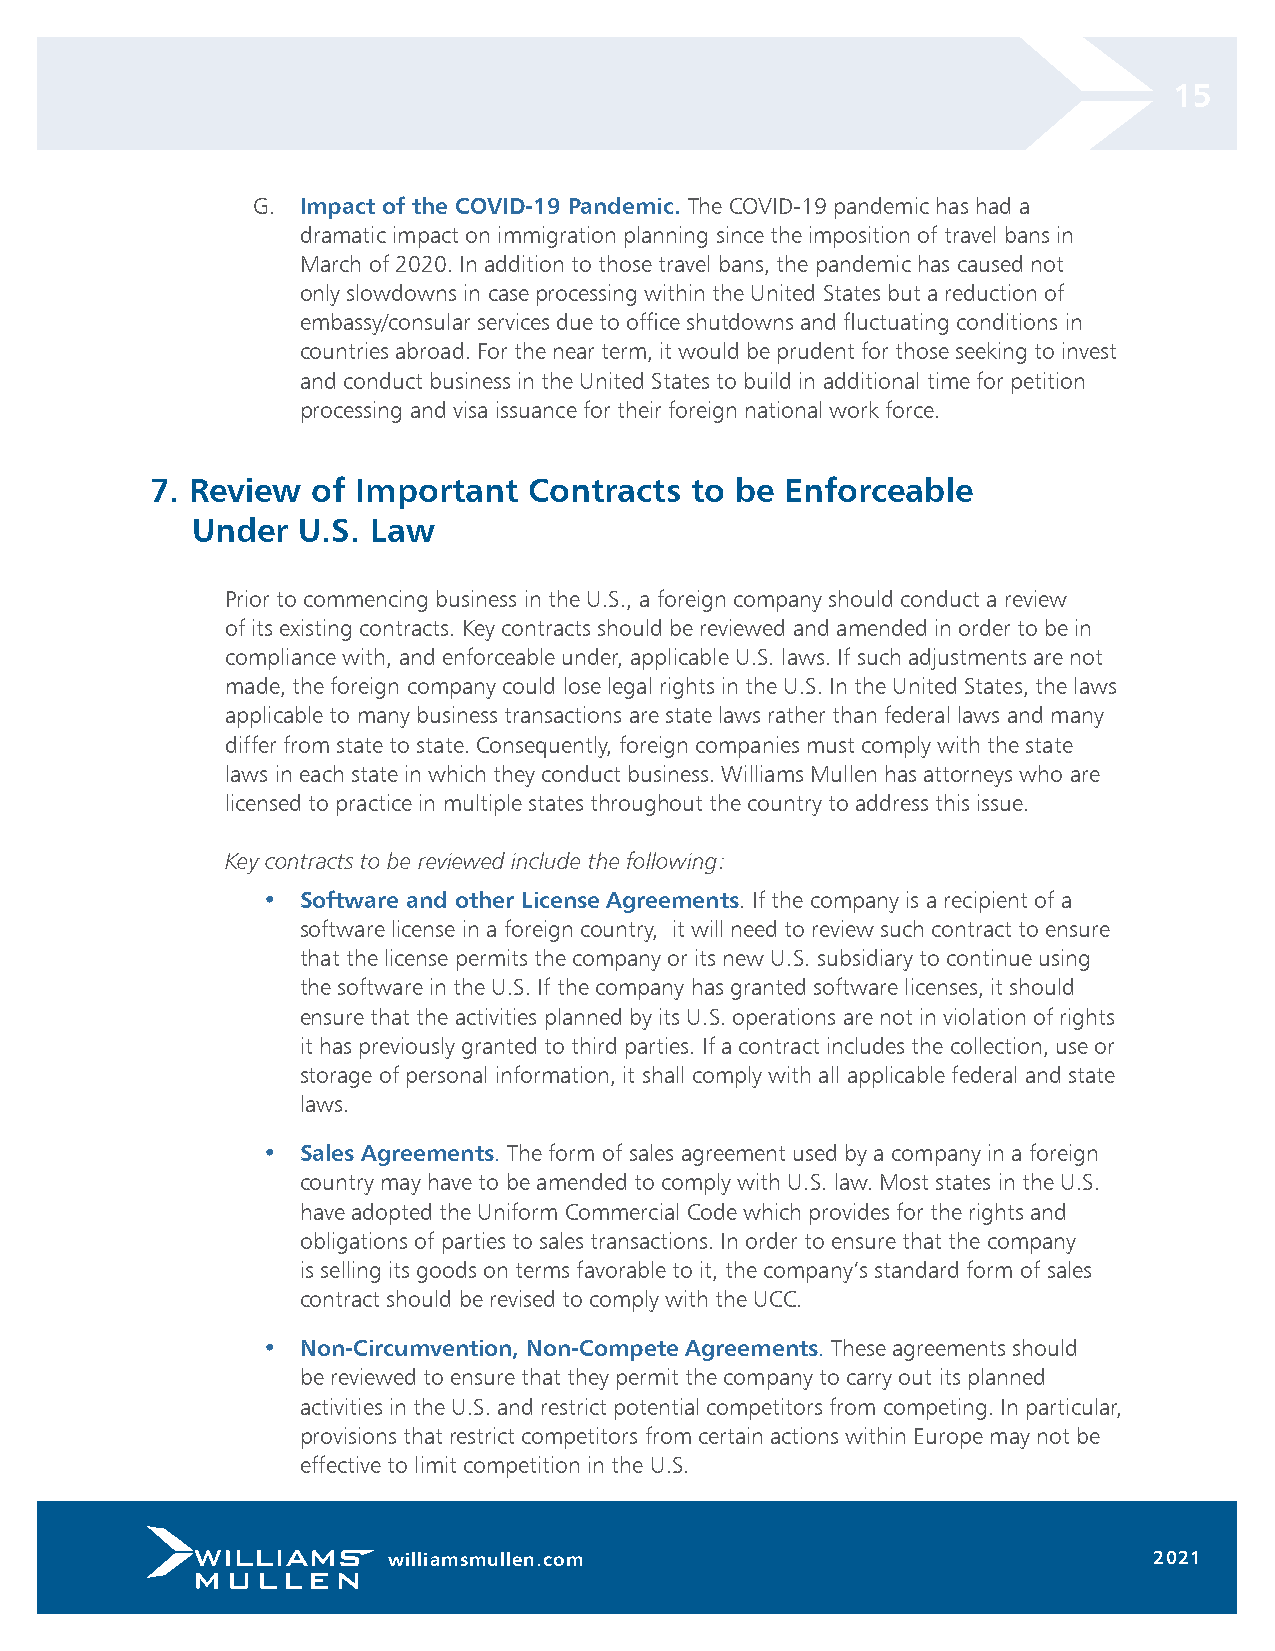
15
 G. Impact of the COVID-19 Pandemic. The COVID-19 pandemic has had a
 dramatic impact on immigration planning since the imposition of travel bans in
 March of 2020. In addition to those travel bans, the pandemic has caused not
 only slowdowns in case processing within the United States but a reduction of
 embassy/consular services due to office shutdowns and fluctuating conditions in
 countries abroad. For the near term, it would be prudent for those seeking to invest
 and conduct business in the United States to build in additional time for petition
 processing and visa issuance for their foreign national work force.
 7. Review  of Important  Contracts  to be Enforceable
 Under  U.S. Law
 Prior to commencing business in the U.S., a foreign company should conduct a review
 of its existing contracts. Key contracts should be reviewed and amended in order to be in
 compliance with, and enforceable under, applicable U.S. laws. If such adjustments are not
 made, the foreign company could lose legal rights in the U.S. In the United States, the laws
 applicable to many business transactions are state laws rather than federal laws and many
 differ from state to state. Consequently, foreign companies must comply with the state
 laws in each state in which they conduct business. Williams Mullen has attorneys who are
 licensed to practice in multiple states throughout the country to address this issue.
 Key contracts to be reviewed include the following:
 •  Software and other License Agreements. If the company is a recipient of a
 software license in a foreign country, it will need to review such contract to ensure
 that the license permits the company or its new U.S. subsidiary to continue using
 the software in the U.S. If the company has granted software licenses, it should
 ensure that the activities planned by its U.S. operations are not in violation of rights
 it has previously granted to third parties. If a contract includes the collection, use or
 storage of personal information, it shall comply with all applicable federal and state
 laws.
 •  Sales Agreements. The form of sales agreement used by a company in a foreign
 country may have to be amended to comply with U.S. law. Most states in the U.S.
 have adopted the Uniform Commercial Code which provides for the rights and
 obligations of parties to sales transactions. In order to ensure that the company
 is selling its goods on terms favorable to it, the company’s standard form of sales
 contract should be revised to comply with the UCC.
 •  Non-Circumvention, Non-Compete Agreements. These agreements should
 be reviewed to ensure that they permit the company to carry out its planned
 activities in the U.S. and restrict potential competitors from competing. In particular,
 provisions that restrict competitors from certain actions within Europe may not be
 effective to limit competition in the U.S.
 williamsmullen.com                                2021